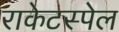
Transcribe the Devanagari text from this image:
राकेटस्पेल